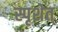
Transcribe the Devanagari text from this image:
स्पृशेत्